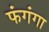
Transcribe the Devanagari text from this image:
फंगंगा